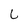
Character: L